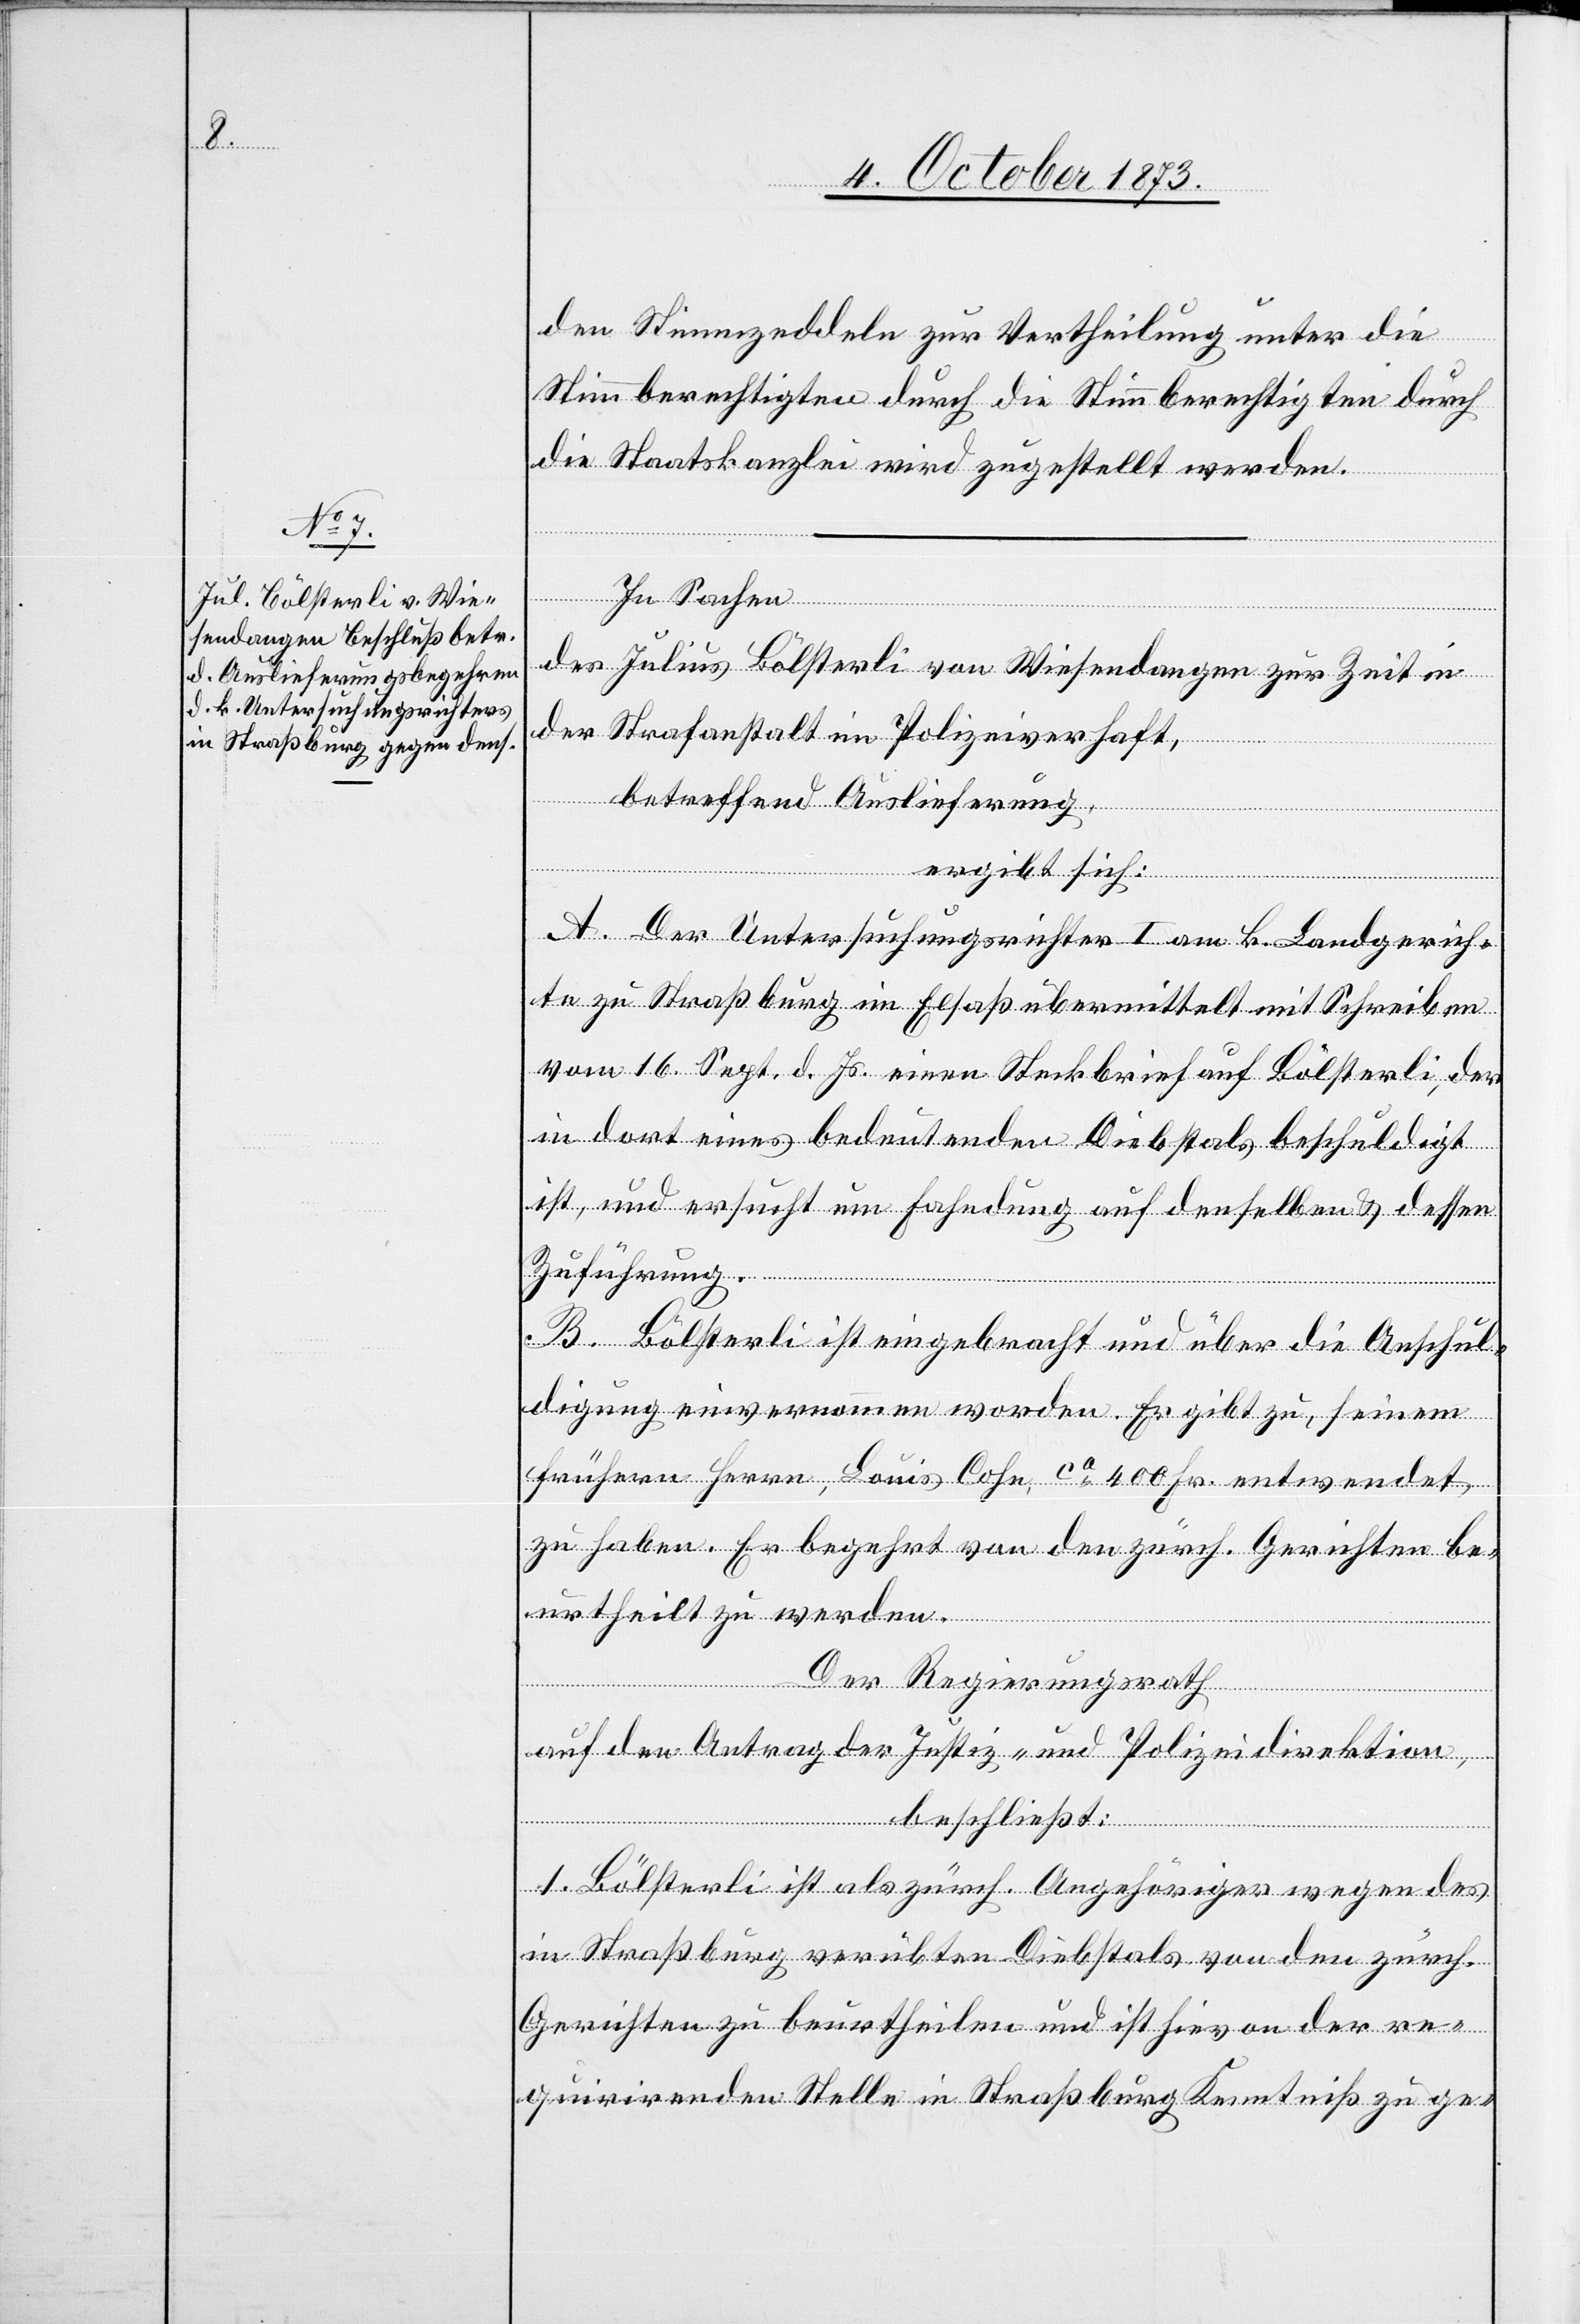
den Stimmzeddeln zur Vertheilung unter die
Stimmberechtigten durch die Stimmberechtigten [sic!]
die Staatskanzlei wird zugestellt werden.
In Sachen
des Julius Bölsterli von Wiesendangen zur Zeit in
der Strafanstalt im Polizeiverhaft,
betreffend Auslieferung,
ergibt sich:
A. Der Untersuchungsrichter I am k. Landgerich¬
te zu Straßburg im Elsaß übermittelt mit Schreiben
vom 16. Sept. d. Js. einen Steckbrief auf Bölsterli, der
in dort eines bedeutenden Diebstals beschuldigt
ist, und ersucht um Fahndung auf denselben & dessen
Zuführung.
B. Bölsterli ist eingebracht und über die Anschul¬
digung einvernommen worden. Er gibt zu, seinem
frühern Herrn, Louis Cohn, ca 400 Fr. entwendet
zu haben. Er begehrt von den zürch. Gerichten be¬
urtheilt zu werden.
Der Regierungsrath
auf den Antrag der Justiz- und Polizeidirektion,
beschließt:
1. Bölsterli ist als zürch. Angehöriger wegen des
in Straßburg verübten Diebstals von den zürch.
Gerichten zu beurtheilen und ist hievon der re¬
quirirenden Stelle in Straßburg Kenntniß zu ge-